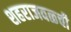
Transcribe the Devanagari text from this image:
शहराजवळची